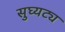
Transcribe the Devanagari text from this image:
सुघ्यट्य